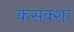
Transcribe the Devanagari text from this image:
कसक्शा